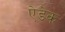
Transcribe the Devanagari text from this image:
ऐडेक